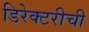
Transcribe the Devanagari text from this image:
डिरेक्टरीची